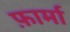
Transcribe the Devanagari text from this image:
फ़ार्मा